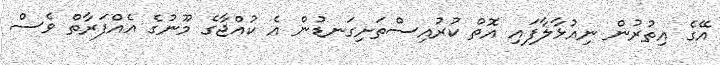
އޭގެ އިތުރުން ނިއުޅާލާފައި އޮތް ކުރުއިސްތަށިގަނޑުން އެ ކުއްޖާގެ މޫނުގެ އެއްފަރާތް ވެސް